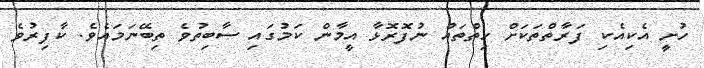
ހުށީ އެކިއެކި ފަރާތްތަކަށް ހިތްތައް ނުފޮރޮޅާ އީމާން ކަމުގައި ސާބިތުވެ ތިބޭނަމައެވެ. ކާފިރުވެ